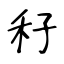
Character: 秄